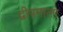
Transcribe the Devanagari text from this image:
द्वीपमाला